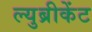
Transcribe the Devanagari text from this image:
ल्युब्रीकेंट